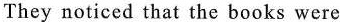
They noticed that the books were